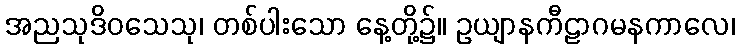
အညသုဒိဝသေသု၊ တစ်ပါးသော နေ့တို့၌။ ဥယျာနကီဠာဂမနကာလေ၊